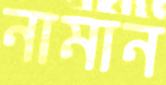
নামান